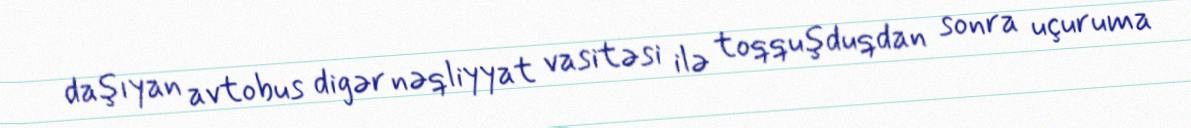
daşıyan avtobus digər nəqliyyat vasitəsi ilə toqquşduqdan sonra uçuruma